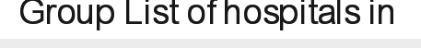
Group List of hospitals in